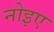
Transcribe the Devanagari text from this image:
नोइए